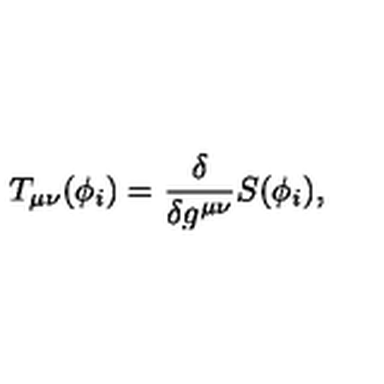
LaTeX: T _ { \mu \nu } ( \phi _ { i } ) = \frac { \delta } { \delta g ^ { \mu \nu } } S ( \phi _ { i } ) ,